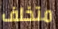
متخلف